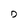
Character: D